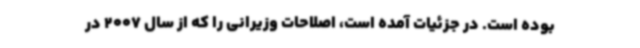
بوده است. در جزئیات آمده است، اصلاحات وزیرانی را که از سال 2007 در